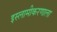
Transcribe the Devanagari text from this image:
इस्लामीकरणाला